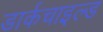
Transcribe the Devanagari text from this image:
डार्कचाइल्ड